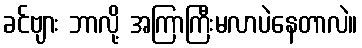
ခင်ဗျား ဘာလို့ အကြာကြီးမလာပဲနေတာလဲ။